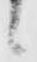
候